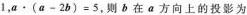
1，$$a \cdot ( a - 2 b ) = 5$$，则b在a方向上的投影为